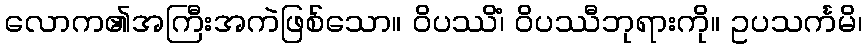
လောက၏အကြီးအကဲဖြစ်သော။ ဝိပဿိံ၊ ဝိပဿီဘုရားကို။ ဥပသင်္ကမိ၊